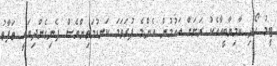
ޓީމު ހޯދި ކާމިޔާބީއާއެކު ރަށަށް އައުމުން އެންމެ ފުރަތަމަ ކަނޑުމަތިންވެސް ފެނިގެންދިޔައީ ތަފާތު